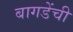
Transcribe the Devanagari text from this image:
बागडेंची